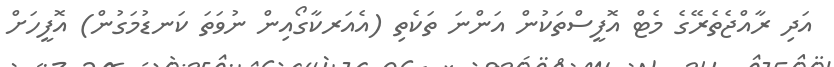
އަދި ރާއްޖެތެރޭގެ މެޓް އޮފީސްތަކުން އަންނަ ތަކެތި (އެއަރކާގޯއިން ނުވަތަ ކަނޑުމަގުން) އޮފީހަށް